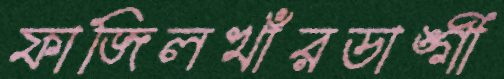
ফাজিলখাঁরডাঙ্গী